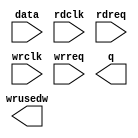
// megafunction wizard: %FIFO%VBB%
// GENERATION: STANDARD
// VERSION: WM1.0
// MODULE: dcfifo 

// ============================================================
// Megafunction Name(s):
// 			dcfifo
//
// Simulation Library Files(s):
// 			altera_mf
// ============================================================
// ************************************************************
// THIS IS A WIZARD-GENERATED FILE. DO NOT EDIT THIS FILE!
//
// 13.1.0 Build 162 10/23/2013 SJ Web Edition
// ************************************************************

//Copyright (C) 1991-2013 Altera Corporation
//Your use of Altera Corporation's design tools, logic functions 
//and other software and tools, and its AMPP partner logic 
//functions, and any output files from any of the foregoing 
//(including device programming or simulation files), and any 
//associated documentation or information are expressly subject 
//to the terms and conditions of the Altera Program License 
//Subscription Agreement, Altera MegaCore Function License 
//Agreement, or other applicable license agreement, including, 
//without limitation, that your use is for the sole purpose of 
//programming logic devices manufactured by Altera and sold by 
//Altera or its authorized distributors.  Please refer to the 
//applicable agreement for further details.

module rdfifo (
	data,
	rdclk,
	rdreq,
	wrclk,
	wrreq,
	q,
	wrusedw);

	input	[15:0]  data;
	input	  rdclk;
	input	  rdreq;
	input	  wrclk;
	input	  wrreq;
	output	[15:0]  q;
	output	[8:0]  wrusedw;

endmodule

// ============================================================
// CNX file retrieval info
// ============================================================
// Retrieval info: PRIVATE: AlmostEmpty NUMERIC "0"
// Retrieval info: PRIVATE: AlmostEmptyThr NUMERIC "-1"
// Retrieval info: PRIVATE: AlmostFull NUMERIC "0"
// Retrieval info: PRIVATE: AlmostFullThr NUMERIC "-1"
// Retrieval info: PRIVATE: CLOCKS_ARE_SYNCHRONIZED NUMERIC "1"
// Retrieval info: PRIVATE: Clock NUMERIC "4"
// Retrieval info: PRIVATE: Depth NUMERIC "512"
// Retrieval info: PRIVATE: Empty NUMERIC "1"
// Retrieval info: PRIVATE: Full NUMERIC "1"
// Retrieval info: PRIVATE: INTENDED_DEVICE_FAMILY STRING "Cyclone"
// Retrieval info: PRIVATE: LE_BasedFIFO NUMERIC "0"
// Retrieval info: PRIVATE: LegacyRREQ NUMERIC "1"
// Retrieval info: PRIVATE: MAX_DEPTH_BY_9 NUMERIC "0"
// Retrieval info: PRIVATE: OVERFLOW_CHECKING NUMERIC "0"
// Retrieval info: PRIVATE: Optimize NUMERIC "2"
// Retrieval info: PRIVATE: RAM_BLOCK_TYPE NUMERIC "2"
// Retrieval info: PRIVATE: SYNTH_WRAPPER_GEN_POSTFIX STRING "1"
// Retrieval info: PRIVATE: UNDERFLOW_CHECKING NUMERIC "0"
// Retrieval info: PRIVATE: UsedW NUMERIC "1"
// Retrieval info: PRIVATE: Width NUMERIC "16"
// Retrieval info: PRIVATE: dc_aclr NUMERIC "0"
// Retrieval info: PRIVATE: diff_widths NUMERIC "0"
// Retrieval info: PRIVATE: msb_usedw NUMERIC "0"
// Retrieval info: PRIVATE: output_width NUMERIC "16"
// Retrieval info: PRIVATE: rsEmpty NUMERIC "0"
// Retrieval info: PRIVATE: rsFull NUMERIC "0"
// Retrieval info: PRIVATE: rsUsedW NUMERIC "0"
// Retrieval info: PRIVATE: sc_aclr NUMERIC "0"
// Retrieval info: PRIVATE: sc_sclr NUMERIC "0"
// Retrieval info: PRIVATE: wsEmpty NUMERIC "0"
// Retrieval info: PRIVATE: wsFull NUMERIC "0"
// Retrieval info: PRIVATE: wsUsedW NUMERIC "1"
// Retrieval info: LIBRARY: altera_mf altera_mf.altera_mf_components.all
// Retrieval info: CONSTANT: ADD_RAM_OUTPUT_REGISTER STRING "OFF"
// Retrieval info: CONSTANT: CLOCKS_ARE_SYNCHRONIZED STRING "TRUE"
// Retrieval info: CONSTANT: INTENDED_DEVICE_FAMILY STRING "Cyclone"
// Retrieval info: CONSTANT: LPM_HINT STRING "RAM_BLOCK_TYPE=M4K"
// Retrieval info: CONSTANT: LPM_NUMWORDS NUMERIC "512"
// Retrieval info: CONSTANT: LPM_SHOWAHEAD STRING "OFF"
// Retrieval info: CONSTANT: LPM_TYPE STRING "dcfifo"
// Retrieval info: CONSTANT: LPM_WIDTH NUMERIC "16"
// Retrieval info: CONSTANT: LPM_WIDTHU NUMERIC "9"
// Retrieval info: CONSTANT: OVERFLOW_CHECKING STRING "ON"
// Retrieval info: CONSTANT: UNDERFLOW_CHECKING STRING "ON"
// Retrieval info: CONSTANT: USE_EAB STRING "ON"
// Retrieval info: USED_PORT: data 0 0 16 0 INPUT NODEFVAL "data[15..0]"
// Retrieval info: USED_PORT: q 0 0 16 0 OUTPUT NODEFVAL "q[15..0]"
// Retrieval info: USED_PORT: rdclk 0 0 0 0 INPUT NODEFVAL "rdclk"
// Retrieval info: USED_PORT: rdreq 0 0 0 0 INPUT NODEFVAL "rdreq"
// Retrieval info: USED_PORT: wrclk 0 0 0 0 INPUT NODEFVAL "wrclk"
// Retrieval info: USED_PORT: wrreq 0 0 0 0 INPUT NODEFVAL "wrreq"
// Retrieval info: USED_PORT: wrusedw 0 0 9 0 OUTPUT NODEFVAL "wrusedw[8..0]"
// Retrieval info: CONNECT: @data 0 0 16 0 data 0 0 16 0
// Retrieval info: CONNECT: @rdclk 0 0 0 0 rdclk 0 0 0 0
// Retrieval info: CONNECT: @rdreq 0 0 0 0 rdreq 0 0 0 0
// Retrieval info: CONNECT: @wrclk 0 0 0 0 wrclk 0 0 0 0
// Retrieval info: CONNECT: @wrreq 0 0 0 0 wrreq 0 0 0 0
// Retrieval info: CONNECT: q 0 0 16 0 @q 0 0 16 0
// Retrieval info: CONNECT: wrusedw 0 0 9 0 @wrusedw 0 0 9 0
// Retrieval info: GEN_FILE: TYPE_NORMAL rdfifo.v TRUE
// Retrieval info: GEN_FILE: TYPE_NORMAL rdfifo.inc FALSE
// Retrieval info: GEN_FILE: TYPE_NORMAL rdfifo.cmp FALSE
// Retrieval info: GEN_FILE: TYPE_NORMAL rdfifo.bsf TRUE
// Retrieval info: GEN_FILE: TYPE_NORMAL rdfifo_inst.v TRUE
// Retrieval info: GEN_FILE: TYPE_NORMAL rdfifo_bb.v TRUE
// Retrieval info: GEN_FILE: TYPE_NORMAL rdfifo_waveforms.html TRUE
// Retrieval info: GEN_FILE: TYPE_NORMAL rdfifo_wave*.jpg FALSE
// Retrieval info: GEN_FILE: TYPE_NORMAL rdfifo_syn.v TRUE
// Retrieval info: LIB_FILE: altera_mf